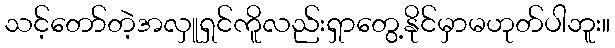
သင့်တော်တဲ့အလှူရှင်ကိူလည်းရှာတွေ့နိုင်မှာမဟုတ်ပါဘူး။